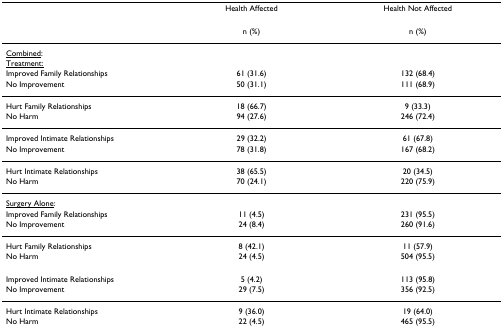
<table><thead><tr><td></td><td><b>Health Affected</b></td><td><b>Health Not Affected</b></td></tr></thead><tbody><tr><td></td><td>n (%)</td><td>n (%)</td></tr><tr><td><underline>Combined</underline>:</td><td></td><td></td></tr><tr><td><underline>Treatment:</underline></td><td></td><td></td></tr><tr><td>Improved Family Relationships</td><td>61 (31.6)</td><td>132 (68.4)</td></tr><tr><td>No Improvement</td><td>50 (31.1)</td><td>111 (68.9)</td></tr><tr><td>Hurt Family Relationships</td><td>18 (66.7)</td><td>9 (33.3)</td></tr><tr><td>No Harm</td><td>94 (27.6)</td><td>246 (72.4)</td></tr><tr><td>Improved Intimate Relationships</td><td>29 (32.2)</td><td>61 (67.8)</td></tr><tr><td>No Improvement</td><td>78 (31.8)</td><td>167 (68.2)</td></tr><tr><td>Hurt Intimate Relationships</td><td>38 (65.5)</td><td>20 (34.5)</td></tr><tr><td>No Harm</td><td>70 (24.1)</td><td>220 (75.9)</td></tr><tr><td><underline>Surgery Alone</underline>:</td><td></td><td></td></tr><tr><td>Improved Family Relationships</td><td>11 (4.5)</td><td>231 (95.5)</td></tr><tr><td>No Improvement</td><td>24 (8.4)</td><td>260 (91.6)</td></tr><tr><td>Hurt Family Relationships</td><td>8 (42.1)</td><td>11 (57.9)</td></tr><tr><td>No Harm</td><td>24 (4.5)</td><td>504 (95.5)</td></tr><tr><td>Improved Intimate Relationships</td><td>5 (4.2)</td><td>113 (95.8)</td></tr><tr><td>No Improvement</td><td>29 (7.5)</td><td>356 (92.5)</td></tr><tr><td>Hurt Intimate Relationships</td><td>9 (36.0)</td><td>19 (64.0)</td></tr><tr><td>No Harm</td><td>22 (4.5)</td><td>465 (95.5)</td></tr></tbody></table>